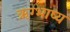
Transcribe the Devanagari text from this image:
ऋग्भाष्य